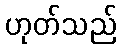
ဟုတ်သည်